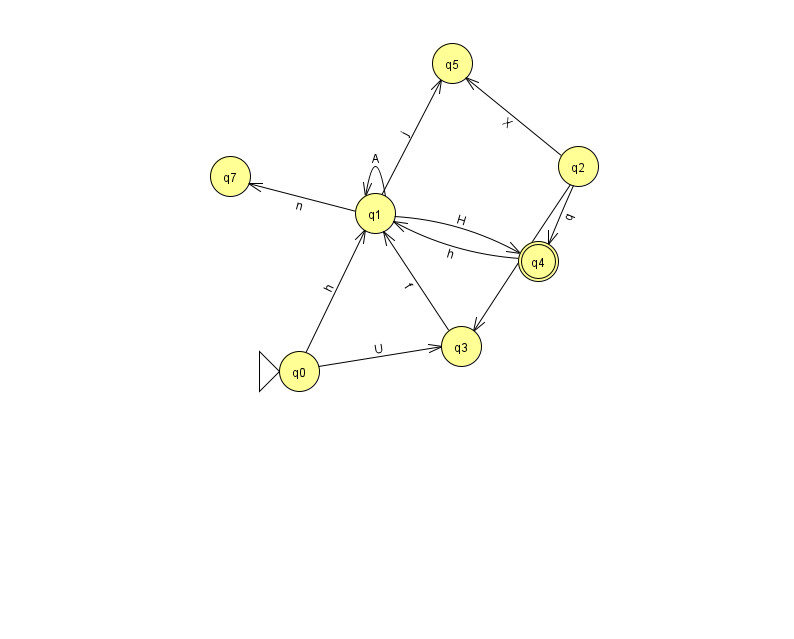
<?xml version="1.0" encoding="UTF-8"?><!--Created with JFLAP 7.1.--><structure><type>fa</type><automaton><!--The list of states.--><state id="0" name="q0"><x>299.0</x><y>358.0</y><initial/></state><state id="1" name="q1"><x>375.0</x><y>200.0</y></state><state id="2" name="q2"><x>578.0</x><y>153.0</y></state><state id="3" name="q3"><x>461.0</x><y>333.0</y></state><state id="4" name="q4"><x>538.0</x><y>248.0</y><final/></state><state id="5" name="q5"><x>452.0</x><y>50.0</y></state><state id="7" name="q7"><x>230.0</x><y>163.0</y></state><!--The list of transitions.--><transition><from>1</from><to>1</to><read>A</read></transition><transition><from>2</from><to>3</to><read>X</read></transition><transition><from>3</from><to>1</to><read>f</read></transition><transition><from>1</from><to>7</to><read>n</read></transition><transition><from>0</from><to>1</to><read>h</read></transition><transition><from>2</from><to>5</to><read>X</read></transition><transition><from>0</from><to>3</to><read>U</read></transition><transition><from>1</from><to>4</to><read>H</read></transition><transition><from>2</from><to>4</to><read>q</read></transition><transition><from>4</from><to>1</to><read>h</read></transition><transition><from>1</from><to>5</to><read>j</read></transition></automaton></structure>